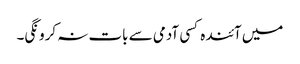
میں آئندہ کسی آدمی سے بات نہ کرونگی۔